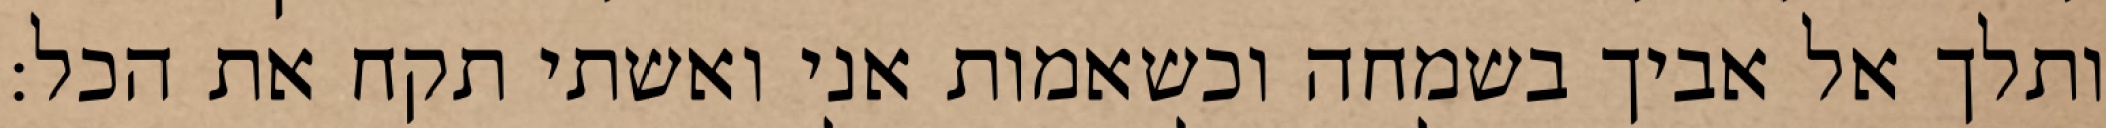
ותלך אל אביך בשמחה וכשאמות אני ואשתי תקח את הכל: